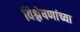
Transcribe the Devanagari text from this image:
विश्लेषणांच्या